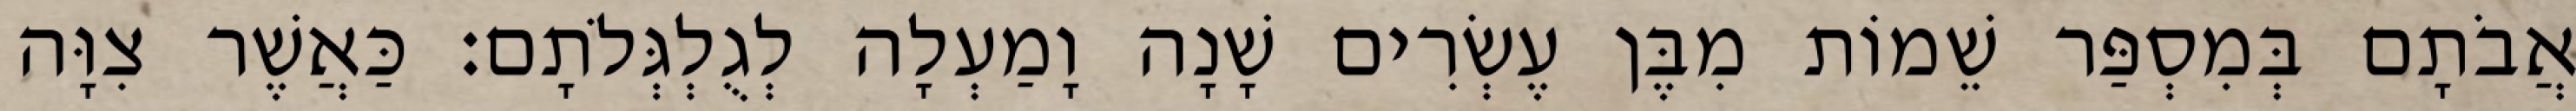
אֲבֹתָם בְּמִסְפַּר שֵׁמוֹת מִבֶּן עֶשְׂרִים שָׁנָה וָמַעְלָה לְגֻלְגְּלֹתָם׃ כַּאֲשֶׁר צִוָּה